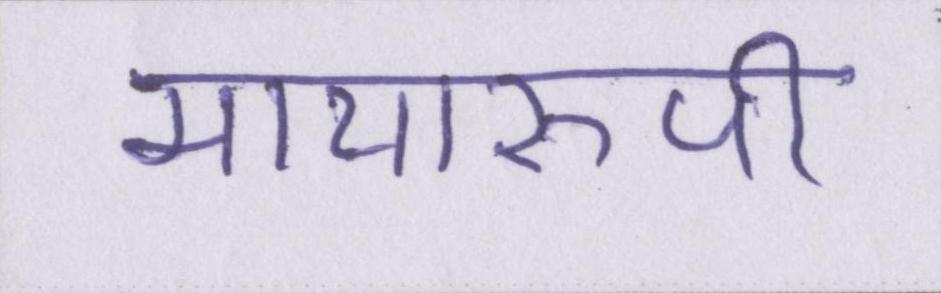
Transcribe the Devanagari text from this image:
मायारुपी